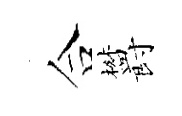
合欝